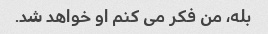
بله، من فکر می کنم او خواهد شد.